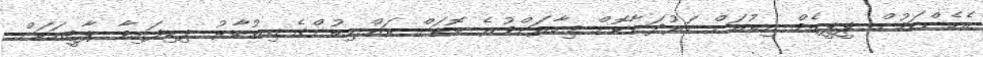
އެހެންކަމުން ޕީޕީއެމް އިތުރަށް ހަރުދަނާކޮށް މިހާރަށްވުރެ ބޮޑަށް ރައްޔިތުންގެ އިތުބާރު ލިބިފައިވާ ޕާޓީއަކަށް